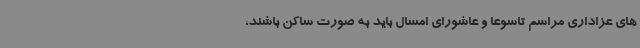
های عزاداری مراسم تاسوعا و عاشورای امسال باید به صورت ساکن باشند،